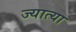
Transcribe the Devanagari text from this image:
ज्यात्या